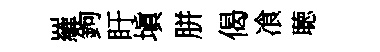
羅鉤盱塡胼偈飡聴